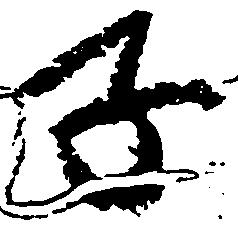
子